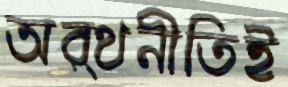
অর্থনীতিই